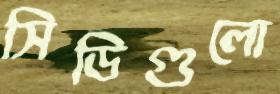
সিডিগুলো